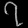
Digit: ၇